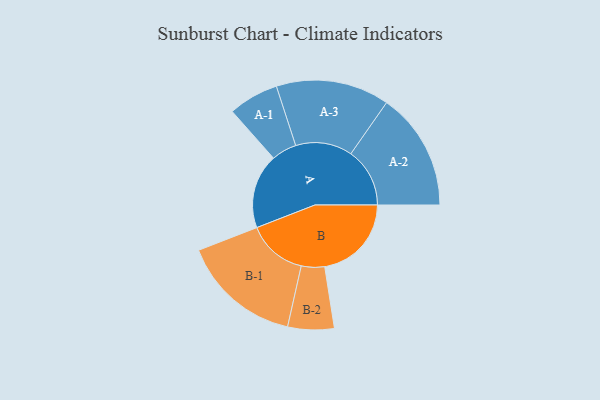
{"axis": {"x": "Segment", "y": "Value"}, "legend": ["", "A", "B"], "data": [{"x": "A", "y": 338, "type": ""}, {"x": "B", "y": 393, "type": ""}, {"x": "A-1", "y": 114, "type": "A"}, {"x": "A-2", "y": 267, "type": "A"}, {"x": "A-3", "y": 257, "type": "A"}, {"x": "B-1", "y": 272, "type": "B"}, {"x": "B-2", "y": 105, "type": "B"}]}